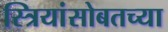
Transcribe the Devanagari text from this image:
स्त्रियांसोबतच्या